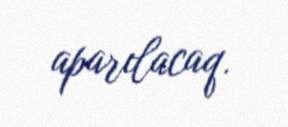
aparılacaq.